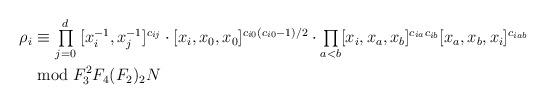
LaTeX: \begin{align*}\rho_i &\equiv \ \underset{j=0}{\stackrel{d}{\textstyle{\prod}}} [x_i^{-1},x_j^{-1}]^{c_{ij}} \cdot [x_i,x_0,x_0]^{c_{i0}(c_{i0}-1)/2} \cdot \underset{a < b}{\textstyle{\prod}} [x_i,x_a,x_b]^{c_{ia}c_{ib}} [x_a,x_b,x_i]^{c_{iab}} \\& \bmod{F_3^2 F_4(F_2)_2N} \end{align*}